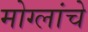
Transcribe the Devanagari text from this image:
मोग्लांचे